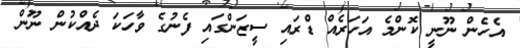
އެހެން ނޫނީ ކޮންމެ އަހަރެއް ޑްރައި ސީޒަންގައި ފެނުގެ ވާހަކަ ދެއްކުން ނޫން